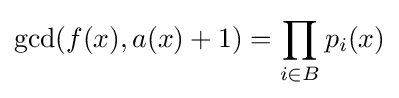
\gcd(f(x),a(x)+1)=\prod _{i\in B}p_{i}(x)